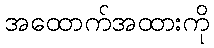
အထောက်အထားကို